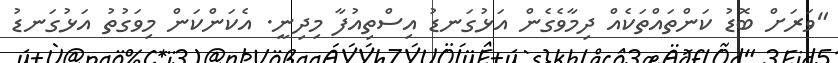
"ވަރަށް ބޮޑު ކަންތައްތަކެއް ދިމާވެގެން އަޅުގަނޑު އިސްތިއުފާ މިދިނީ. އެކަންކަން މިވަގުތު އަޅުގަނޑު